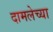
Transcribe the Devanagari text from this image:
दामलेच्या